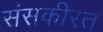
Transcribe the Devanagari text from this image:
संसकीरत